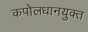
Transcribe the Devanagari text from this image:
कपोलधानयुक्त